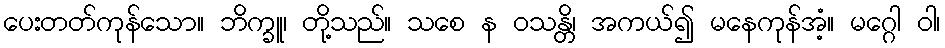
ပေးတတ်ကုန်သော။ ဘိက္ခူ၊ တို့သည်။ သစေ န ဝသန္တိ၊ အကယ်၍ မနေကုန်အံ့။ မဂ္ဂေါ ဝါ၊